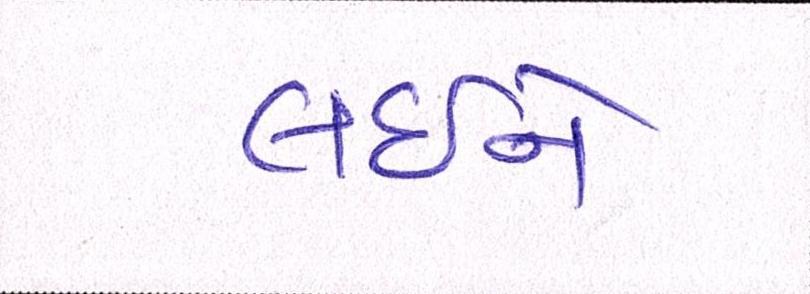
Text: લઇએ